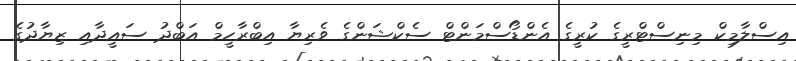
އިސްލާމިކް މިނިސްޓްރީގެ ކުރީގެ އެންޑޯސްމަންޓް ސެކްޝަންގެ ވެރިޔާ އިބްރާހީމް އަބްދު ސައީދާއި ޒިޔާދުގެ